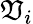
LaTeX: \mathfrak{V}_{i}